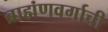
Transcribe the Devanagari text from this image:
ब्राह्मणवर्गाची